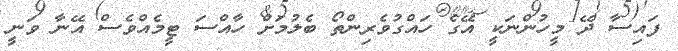
ފައިސާ ދޭ މީހުންނަކީ އޭގެ ހައްގުވެރިންތޯ ބެލުމަށް ހާއްސަ ޓީމެއްވެސް އޭނާ ވަނީ